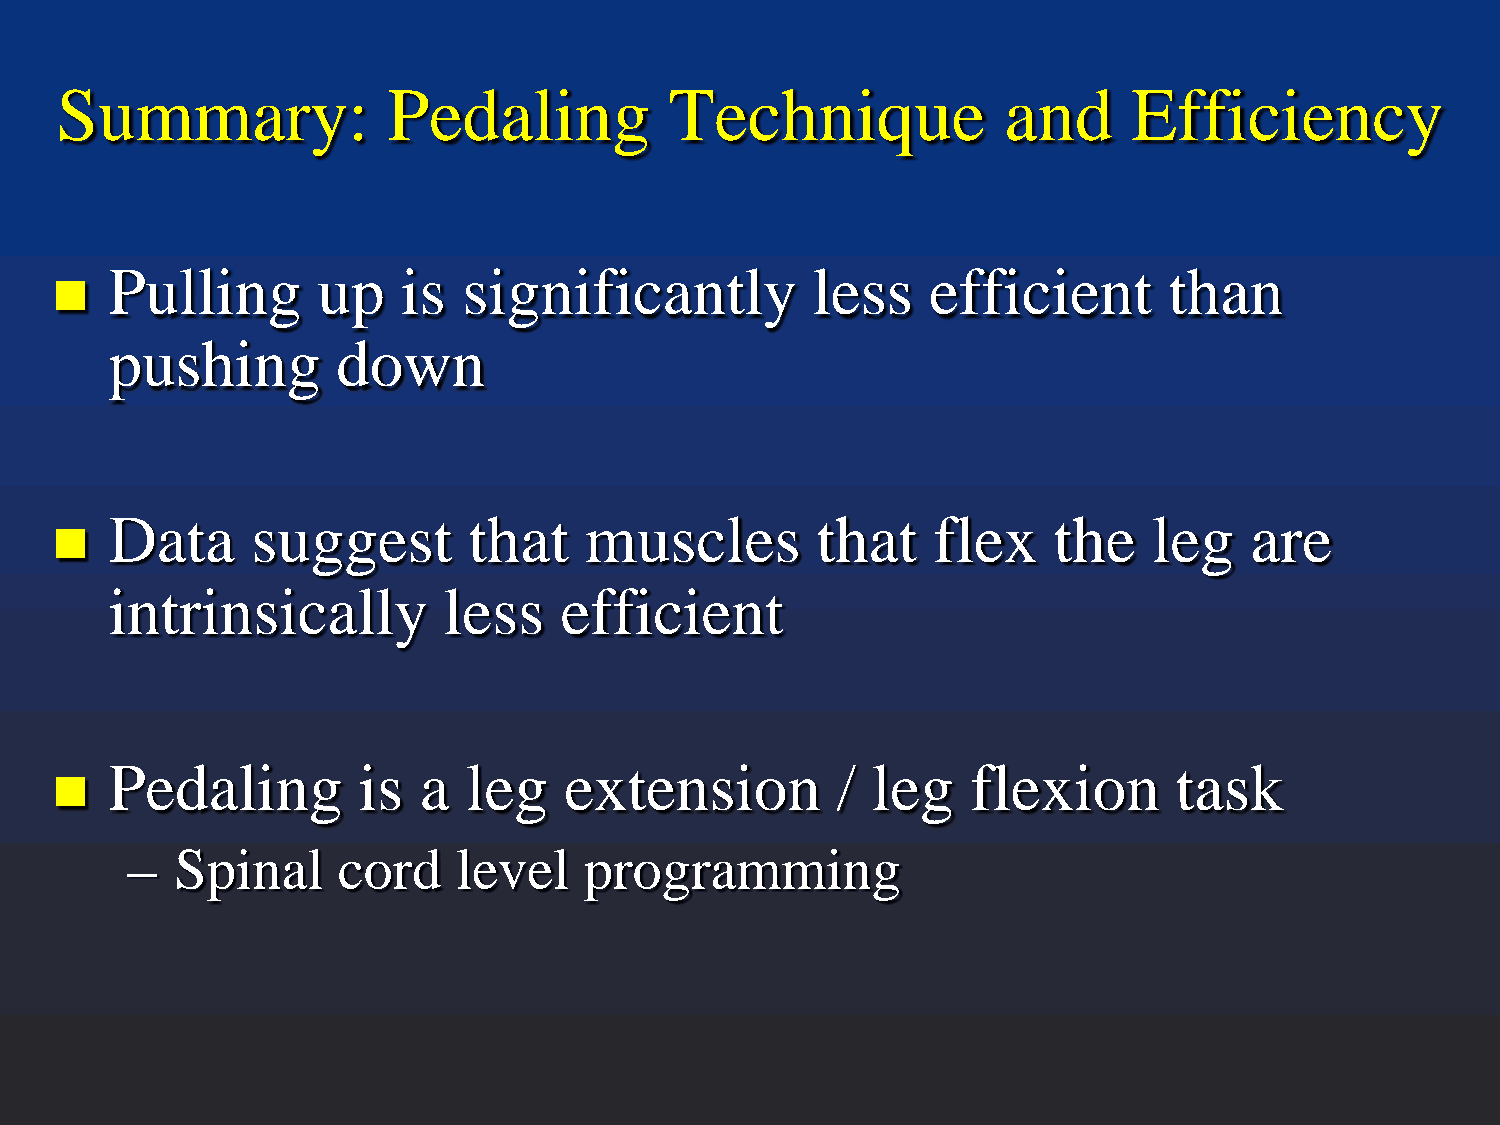
Summary:              Pedaling          Technique             and      Efficiency
 Pulling       up    is  significantly          less    efficient      than
 
 pushing        down
 Data      suggest       that    muscles        that    flex    the   leg    are
 
 intrinsically         less    efficient
 Pedaling         is  a  leg   extension         /  leg   flexion       task
 
 –   Spinal    cord    level    programming